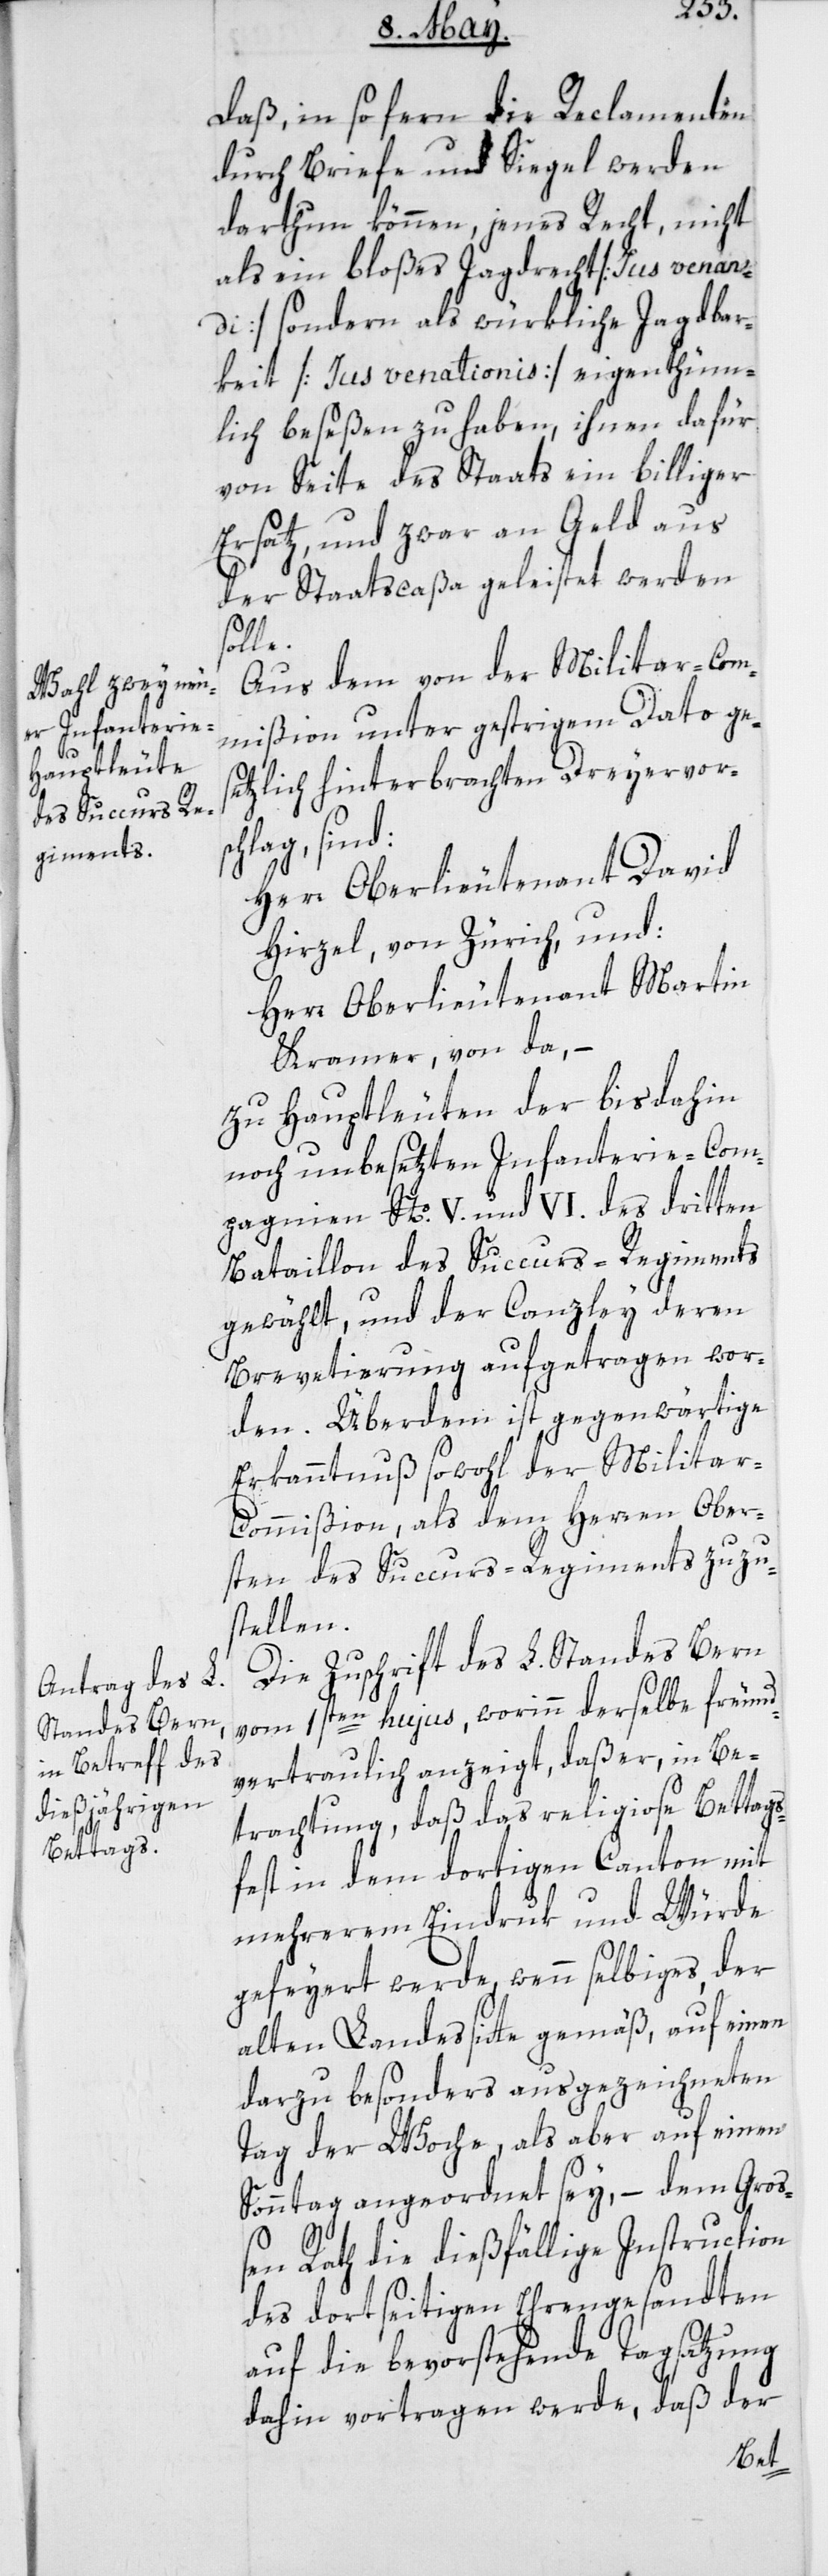
Daß in so fern die Reclamanten
durch Briefe und Siegel werden
darthun können, jenes Recht, nicht
als ein bloßes Jagdrecht (Ius venan¬
di) sondern als würkliche Jagdbar¬
keit (Ius venationis) eigenthüm¬
lich beseßen zu haben, ihnen dafür
von Seite des Staats ein billiger
Ersatz, und zwar an Geld aus
der Staatscaßa geleistet werden
solle.
Aus dem von der Militar-Com¬
mißion unter gestrigem Dato ge¬
setzlich hinterbrachten Dreyervorsc¬
hlag, sind:
Herr Oberlieutenant David
Hirzel von Zürich, und:
Herr Oberlieutenant Martin
Kramer, von da, –
Zu Hauptleuten der bis dahin
noch unbesetzten Infanterie-Com¬
pagnie No. V. und VI. des dritten
Bataillon des Succurs-Regiments
gewählt, und der Canzley deren
Brevetierung aufgetragen wor¬
den. Überdem ist gegenwärtige
Erkanntnuß sowohl der Milita¬
r-Commißion, als dem Herren Ober¬
sten des Succurs-Regiments zuzu¬
stellen.
Die Zuschrift des L. Standes Bern
vom 1sten hujus, worinn derselbe freund¬
vertraulich anzeigt, daß er, in Be¬
trachtung, daß das religiose Bettags¬
fest in dem dortigen Canton mit
mehrerem Eindruk und Würde
gefeyert werde, wenn selbiges der
alten Landessitte gemäß, auf einen
darzu besonders ausgezeichneten
Tag der Woche, als aber auf einen
Sonntag angeordnet sey, – dem Groß¬
en Rath die dießfällige Instruction
des dortseitigen Ehrengesandten
auf die bevorstehende Tagsatzung
dahin vortragen werde, daß der